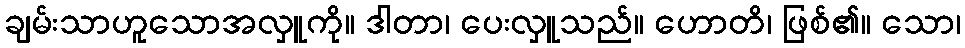
ချမ်းသာဟူသောအလှူကို။ ဒါတာ၊ ပေးလှူသည်။ ဟောတိ၊ ဖြစ်၏။ သော၊